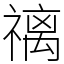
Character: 䄜